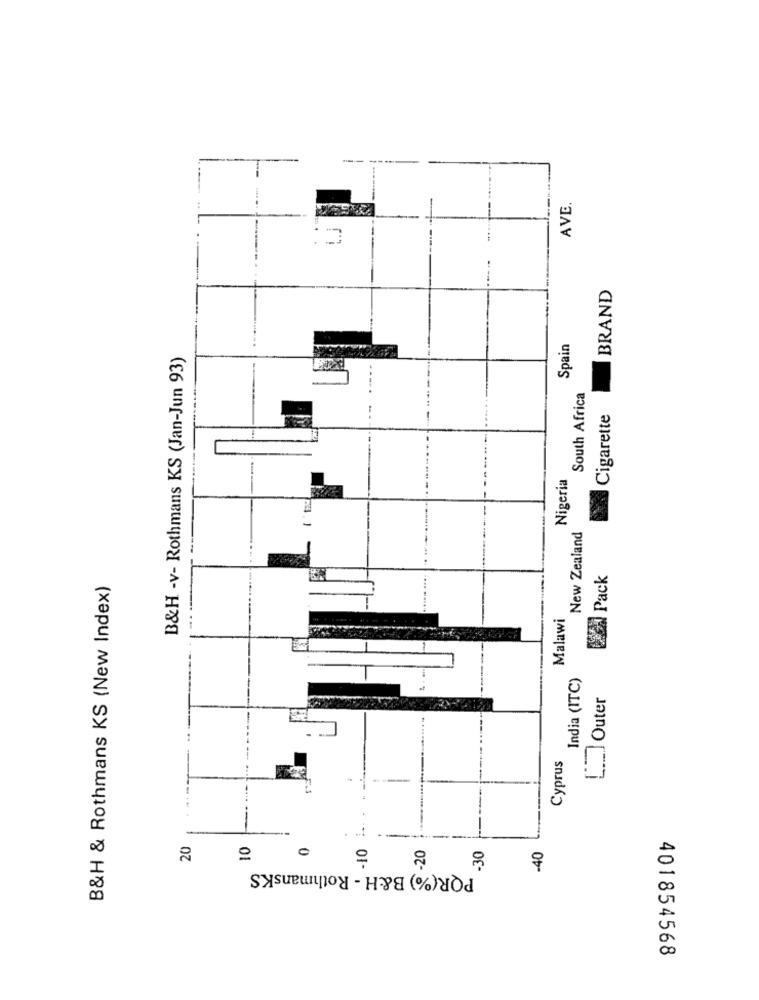
1
AVE.
BRAND
Spain
B&H -v- Rothmans KS (Jan-Jun 93)
South Africa
Cigarette
Nigeria
New Zealand
Pack
B&H & Rothmans KS (New Index)
Malawi
India (ITC)
[] Outer
Cyprus
20
10
20
.30
-40
PQR(%) B&H - RothmansKS
401854568